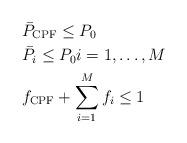
LaTeX: \begin{align*}&\bar{P}_{\mathrm{CPF}} \leq P_{0}\\&\bar{P}_i \leq P_{0} i=1,\ldots,M \\&f_{\mathrm{CPF}}+\sum_{i=1}^M f_i \leq 1 \end{align*}